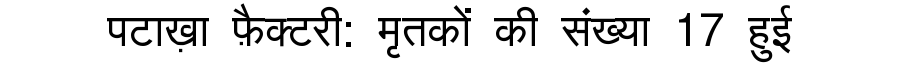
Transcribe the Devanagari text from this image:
पटाख़ा फ़ैक्टरी: मृतकों की संख्या 17 हुई